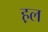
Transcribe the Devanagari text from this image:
ह़ल